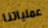
عملياتنا